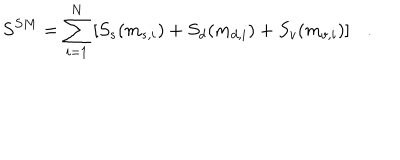
S ^ { S M } = \sum _ { i = 1 } ^ { N } \left[ S _ { s } ( m _ { s , i } ) + S _ { d } ( m _ { d , i } ) + S _ { v } ( m _ { v , i } ) \right] .